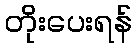
တိုးပေးရန်